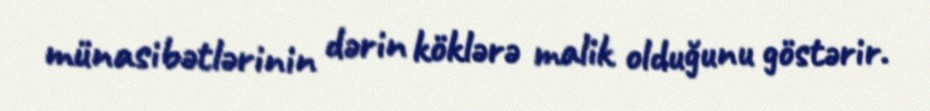
münasibətlərinin dərin köklərə malik olduğunu göstərir.